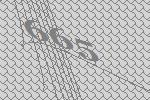
665